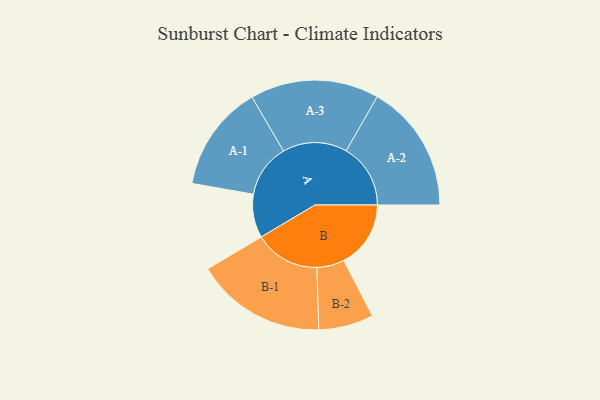
{"axis": {"x": "Segment", "y": "Value"}, "legend": ["", "A", "B"], "data": [{"x": "A", "y": 184, "type": ""}, {"x": "B", "y": 283, "type": ""}, {"x": "A-1", "y": 225, "type": "A"}, {"x": "A-2", "y": 272, "type": "A"}, {"x": "A-3", "y": 272, "type": "A"}, {"x": "B-1", "y": 276, "type": "B"}, {"x": "B-2", "y": 116, "type": "B"}]}